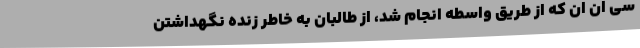
سی ان ان که از طریق واسطه انجام شد، از طالبان به خاطر زنده نگهداشتن